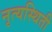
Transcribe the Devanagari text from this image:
नृत्यस्थिती